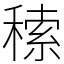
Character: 䅴